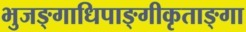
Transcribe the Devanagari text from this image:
भुजङ्गाधिपाङ्गीकृताङ्गा